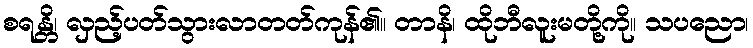
စရန္တိ၊ လှည့်ပတ်သွားလာတတ်ကုန်၏။ တာနိ၊ ထိုဘီလူးမတို့ကို။ သပညော၊